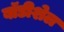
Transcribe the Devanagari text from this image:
बॉडीशेल